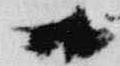
御